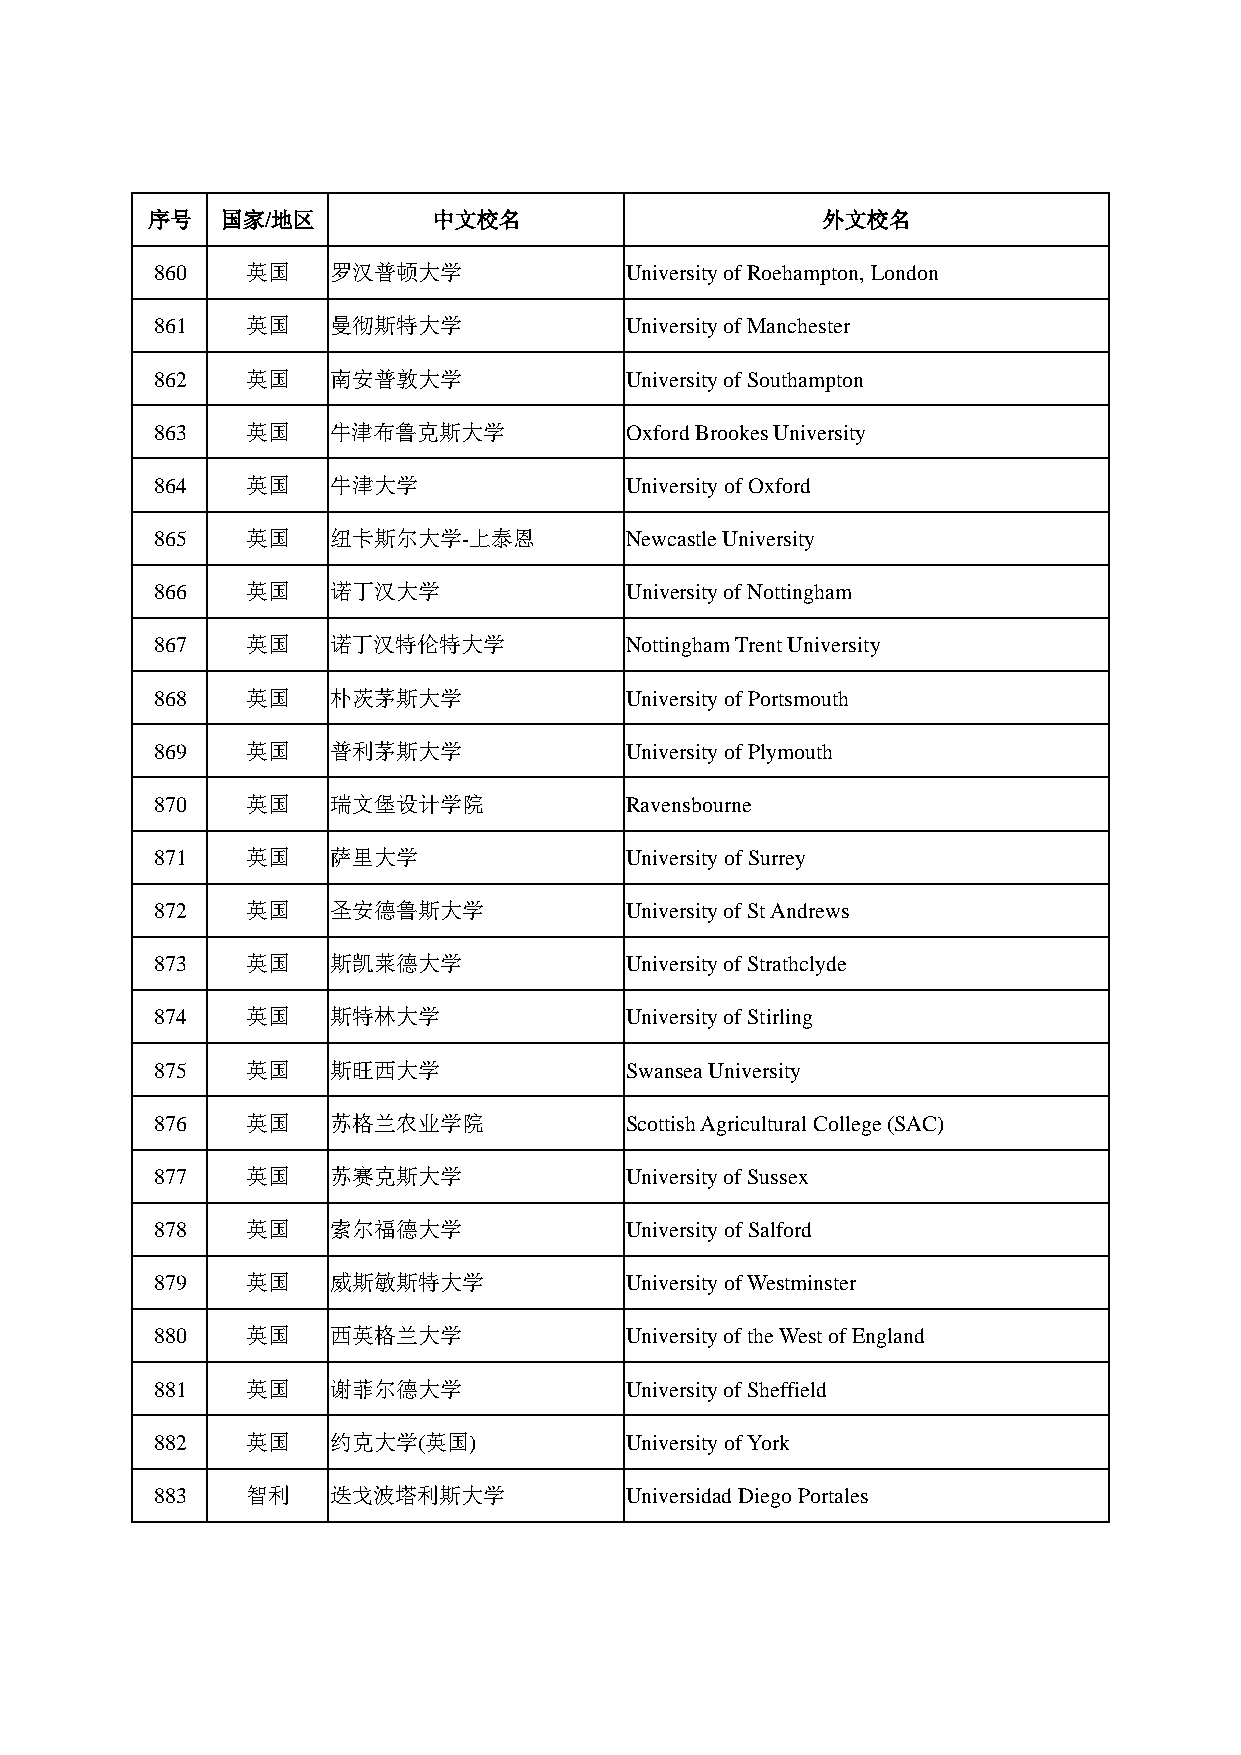
序号   国家/地区         中文校名                     外文校名
 860   英国    罗汉普顿大学             University of Roehampton, London
 861   英国    曼彻斯特大学             University of Manchester
 862   英国    南安普敦大学             University of Southampton
 863   英国    牛津布鲁克斯大学           Oxford Brookes University
 864   英国    牛津大学               University of Oxford
 865   英国    纽卡斯尔大学-上泰恩         Newcastle University
 866   英国    诺丁汉大学              University of Nottingham
 867   英国    诺丁汉特伦特大学           Nottingham Trent University
 868   英国    朴茨茅斯大学             University of Portsmouth
 869   英国    普利茅斯大学             University of Plymouth
 870   英国    瑞文堡设计学院            Ravensbourne
 871   英国    萨里大学               University of Surrey
 872   英国    圣安德鲁斯大学            University of St Andrews
 873   英国    斯凯莱德大学             University of Strathclyde
 874   英国    斯特林大学              University of Stirling
 875   英国    斯旺西大学              Swansea University
 876   英国    苏格兰农业学院            Scottish Agricultural College (SAC)
 877   英国    苏赛克斯大学             University of Sussex
 878   英国    索尔福德大学             University of Salford
 879   英国    威斯敏斯特大学            University of Westminster
 880   英国    西英格兰大学             University of the West of England
 881   英国    谢菲尔德大学             University of Sheffield
 882   英国    约克大学(英国)           University of York
 883   智利    迭戈波塔利斯大学           Universidad Diego Portales